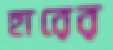
হারের